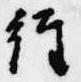
経